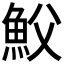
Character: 𩵹